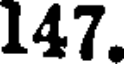
147.